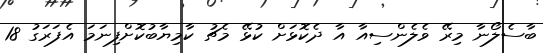
ބާސެލޯނާ މިރޭ ވެލެންސިއާ އާ ދެކޮޅަށް ކުޅޭ މެޗު ކާމިޔާބުކޮށްފިނަމަ އެފަރަގު 18